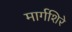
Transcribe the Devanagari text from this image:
मार्गशिरे